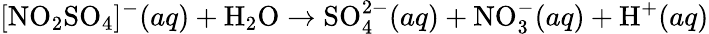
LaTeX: [\mathrm{NO}_{2}\mathrm{SO}_{4}]^{-}(aq)+\mathrm{H}_{2}\mathrm{O}\rightarrow\mathrm{SO}_{4}^{2-}(aq)+\mathrm{NO}_{3}^{-}(aq)+\mathrm{H}^{+}(aq)